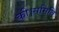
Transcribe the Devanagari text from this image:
की।समिति